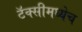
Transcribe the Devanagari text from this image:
टॅक्सीमध्येच